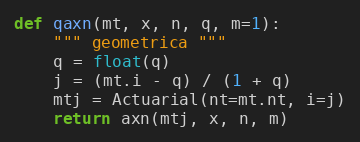
Language: Python
def qaxn(mt, x, n, q, m=1):
    """ geometrica """
    q = float(q)
    j = (mt.i - q) / (1 + q)
    mtj = Actuarial(nt=mt.nt, i=j)
    return axn(mtj, x, n, m)